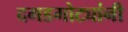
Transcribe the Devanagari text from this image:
दगडगोट्यांनी